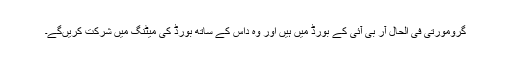
گرومورتی فی الحال آر بی آئی کے بورڈ میں ہیں اور وہ داس کے ساتھ بورڈ کی میٹنگ میں شرکت کریں‌گے۔